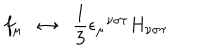
f _ { \mu } \; \; \leftrightarrow \; \; \frac { 1 } { 3 } \epsilon _ { \mu } ^ { \; \; \nu \sigma \tau } H _ { \nu \sigma \tau }